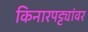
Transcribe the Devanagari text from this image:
किनारपट्ट्यांवर